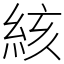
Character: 絯